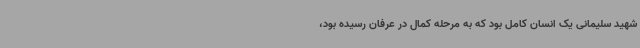
شهید سلیمانی یک انسان کامل بود که به مرحله کمال در عرفان رسیده بود،